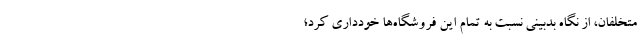
متخلفان، از نگاه بدبینی نسبت به تمام این فروشگاه‌ها خودداری کرد؛